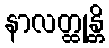
နာလတ္ထုန္တိ